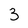
Character: 3